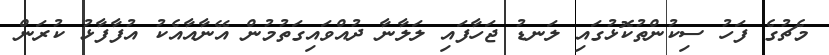
މެޗުގެ ފަހު ސިކުންތުކޮޅުގައި ލަނޑު ޖަހާފައި ލަލާނާ ދުއްވައިގަތުމުން އޭނާއާއެކު އުފާފާޅު ކުރަން